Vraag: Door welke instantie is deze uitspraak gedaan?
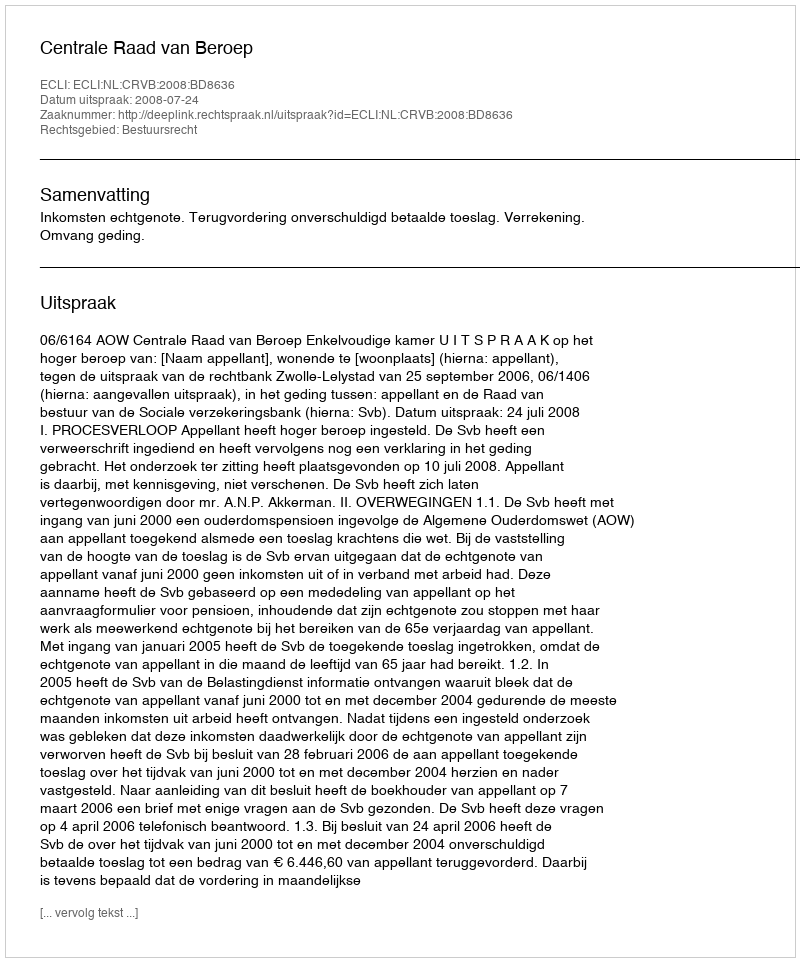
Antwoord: Centrale Raad van Beroep